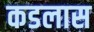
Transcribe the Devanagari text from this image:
कडलास